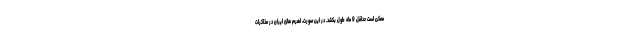
ممکن است حداقل 9 ماه طول بکشد. در این صورت، اهرم های ایران در مذاکرات